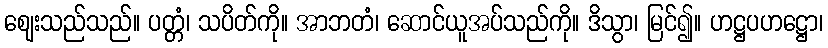
ဈေးသည်သည်။ ပတ္တံ၊ သပိတ်ကို။ အာဘတံ၊ ဆောင်ယူအပ်သည်ကို။ ဒိသွာ၊ မြင်၍။ ဟဋ္ဌပဟဋ္ဌော၊